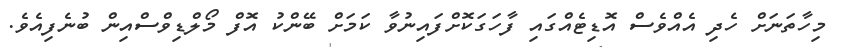
މިހާތަނަށް ހެދި އެއްވެސް އޮޑިޓެއްގައި ފާހަގަކޮށްފައިނުވާ ކަމަށް ބޭންކު އޮފް މޯލްޑިވްސްއިން ބުނެފިއެވެ.